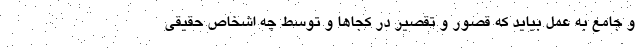
و جامع به عمل بیاید که قصور و تقصیر در کجاها و توسط چه اشخاص حقیقی